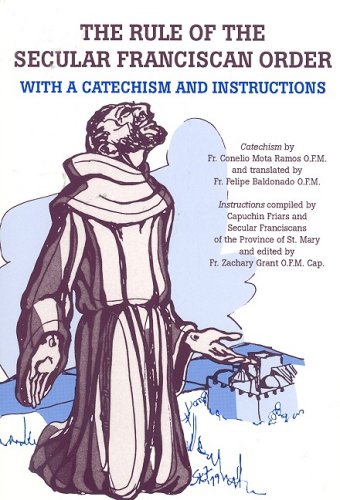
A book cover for The Rule of the Secular Franciscan Order: With a Catechism and Instructions; Cornelio Mota Ramos OFM; Christian Books & Bibles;